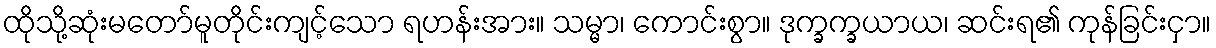
ထိုသို့ဆုံးမတော်မူတိုင်းကျင့်သော ရဟန်းအား။ သမ္မာ၊ ကောင်းစွာ။ ဒုက္ခက္ခယာယ၊ ဆင်းရ၏ ကုန်ခြင်းငှာ။